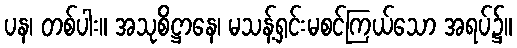
ပန၊ တစ်ပါး။ အသုစိဋ္ဌာနေ၊ မသန့်ရှင်းမစင်ကြယ်သော အရပ်၌။